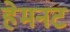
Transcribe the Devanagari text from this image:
हेमनट